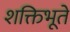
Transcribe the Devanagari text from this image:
शक्तिभूते